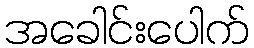
အခေါင်းပေါက်